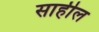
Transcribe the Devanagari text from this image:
साहील